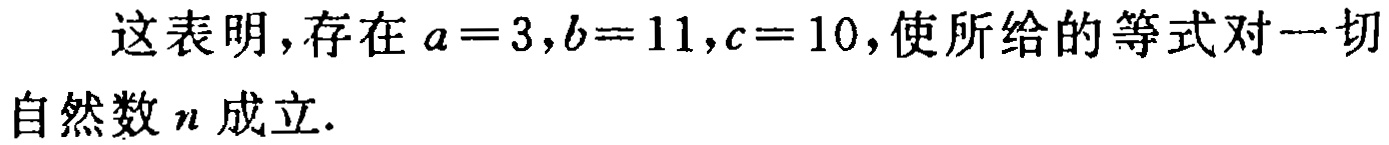
这表明，存在 \(a = 3,b = 11,c = 10\)，使所给的等式对一切自然数 \(n\) 成立.